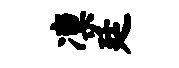
凛廷